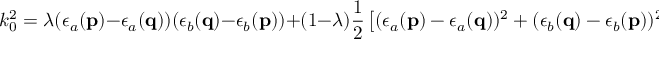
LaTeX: k _ { 0 } ^ { 2 } = \lambda ( \epsilon _ { a } ( { \bf p } ) - \epsilon _ { a } ( { \bf q } ) ) ( \epsilon _ { b } ( { \bf q } ) - \epsilon _ { b } ( { \bf p } ) ) + ( 1 - \lambda ) \frac 1 2 \left[ ( \epsilon _ { a } ( { \bf p } ) - \epsilon _ { a } ( { \bf q } ) ) ^ { 2 } + ( \epsilon _ { b } ( { \bf q } ) - \epsilon _ { b } ( { \bf p } ) ) ^ { 2 } \right] ,